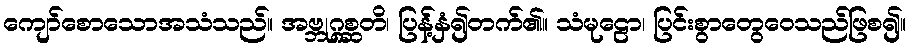
ကျော်စောသောအသံသည်။ အဗ္ဘုဂ္ဂစ္ဆတိ၊ ပြန့်နှံ၍တက်၏။ သံမုဠော၊ ပြင်းစွာတွေဝေသည်ဖြစ၍။